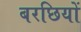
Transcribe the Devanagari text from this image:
बरछियों